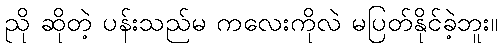
ညို ဆိုတဲ့ ပန်းသည်မ ကလေးကိုလဲ မပြတ်နိုင်ခဲ့ဘူး။